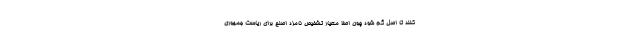
کنند تا اصل گم شود چون اصلا معیار تشخیص نامزد اصلح برای ریاست جمهوری